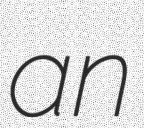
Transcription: an